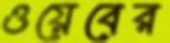
ওয়েবের